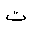
Letter: _ta